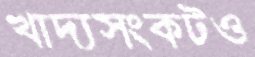
খাদ্যসংকটও